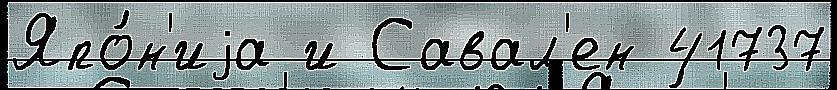
Япо́н'иjа и Савал'ен 41737